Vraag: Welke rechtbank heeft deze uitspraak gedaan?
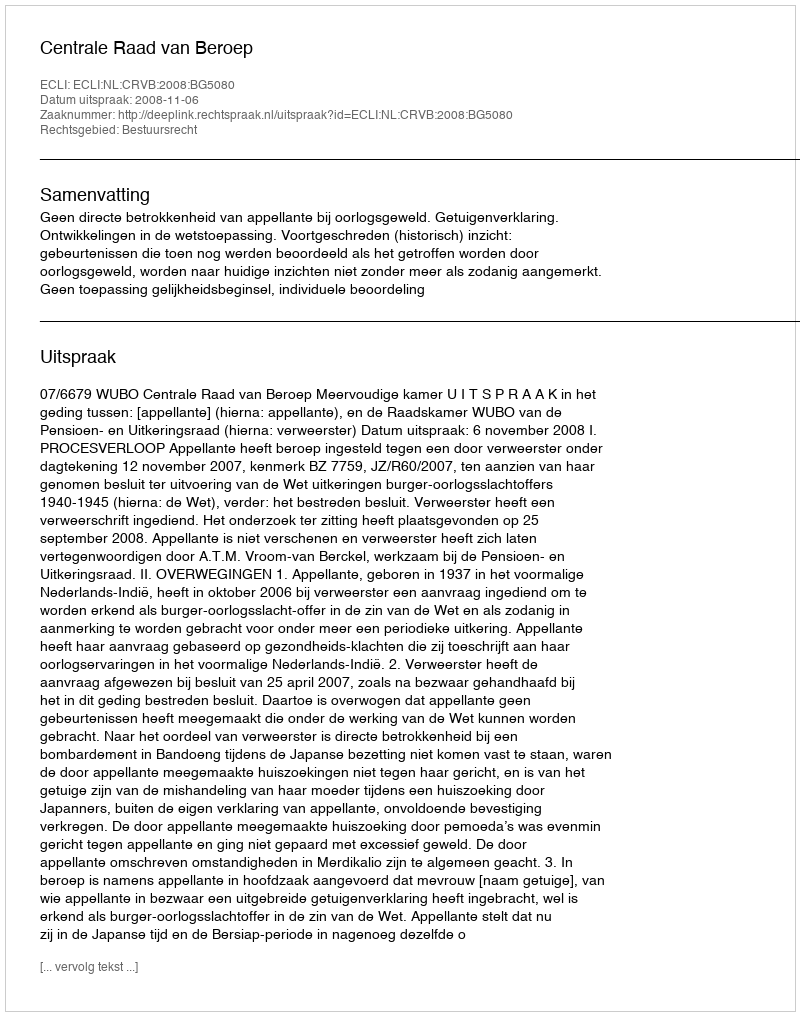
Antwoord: Centrale Raad van Beroep